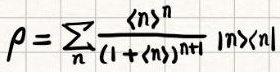
$\rho=\sum_{n} \frac{\langle n\rangle^{n}}{(1+\langle n\rangle)^{n+1}}|n\rangle\langle n|$